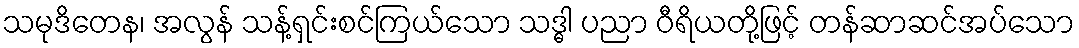
သမုဒိတေန၊ အလွန် သန့်ရှင်းစင်ကြယ်သော သဒ္ဓါ ပညာ ဝီရိယတို့ဖြင့် တန်ဆာဆင်အပ်သော